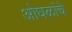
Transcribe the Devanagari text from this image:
ओघळांचे